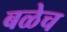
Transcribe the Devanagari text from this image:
बळेच